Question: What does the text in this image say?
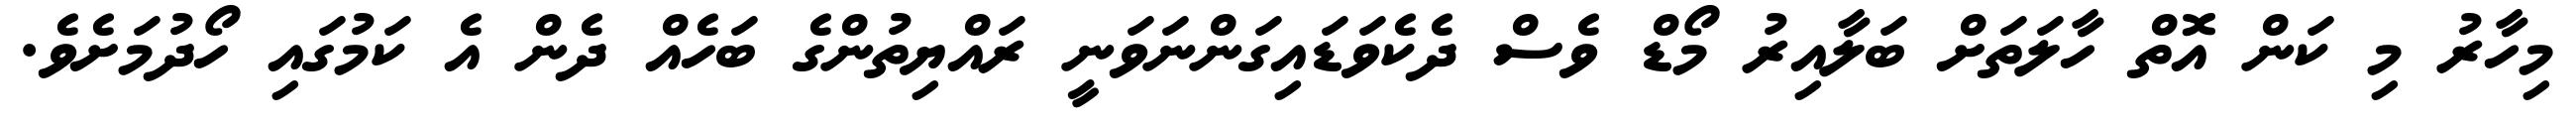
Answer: މިހާރު މި ކަން އޮތް ހާލަތަށް ބަލާއިރު މޯޑް ވެސް ދެކެވަޑައިގަންނަވަނީ ރައްޔިތުންގެ ބަހެއް ދެން އެ ކަމުގައި ހޯދުމަށެވެ.